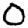
Digit: 0